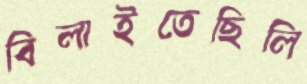
বিলাইতেছিলি